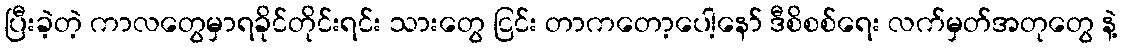
ပြီးခဲ့တဲ့ ကာလတွေမှာရခိုင်တိုင်းရင်း သားတွေ ငြင်း တာကတော့ပေါ့နော် ဒီစိစစ်ရေး လက်မှတ်အတုတွေ နဲ့